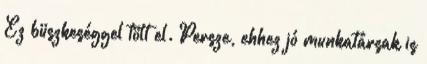
Ez büszkeséggel tölt el. Persze, ehhez jó munkatársak is